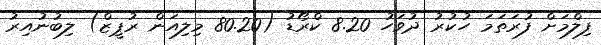
ފިލްމަށް ފުރަތަމަ ހުކުރު ދުވަހު 8.20 ކްރޯޑު (80.20 މިލިއަން ރުޕީޒް) ލިބުނުއިރު